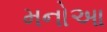
મનોઆ